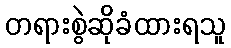
တရားစွဲဆိုခံထားရသူ